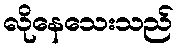
လိုနေသေးသည်